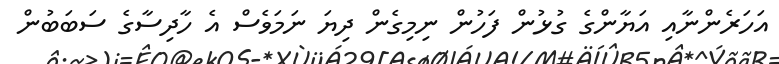
އަހަރެންނާއި އަޔާންގެ ގުޅުން ފަހުން ނިމިގެން ދިޔަ ނަމަވެސް އެ ހާދިސާގެ ސަބަބުން